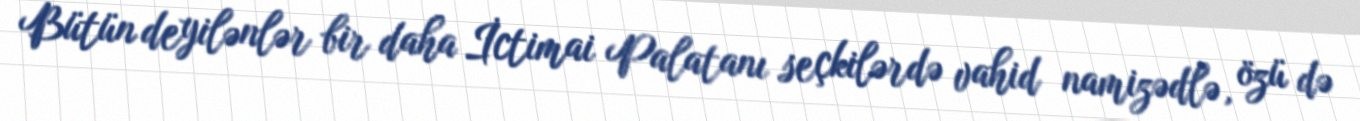
Bütün deyilənlər bir daha İctimai Palatanı seçkilərdə vahid namizədlə, özü də